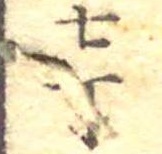
七丁